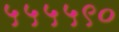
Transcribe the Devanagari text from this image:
५५५५९०